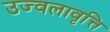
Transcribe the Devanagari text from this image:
उज्वलावृत्ति